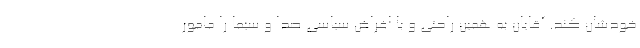
خودشان کند. آقایان به همین راحتی و با اغراض سیاسی صدا و سیما را مامور